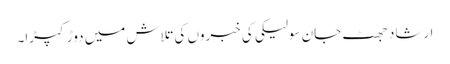
ارشاد جھٹ جان سولیکی کی خبروں کی تلاش میں دوڑ کپڑا۔